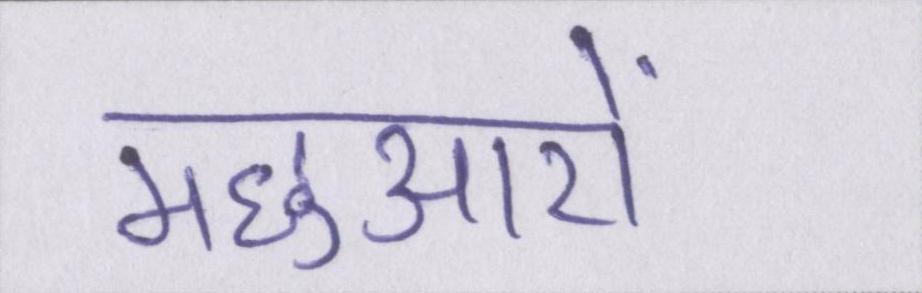
मछुआरों